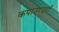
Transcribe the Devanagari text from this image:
कपाउण्डरी